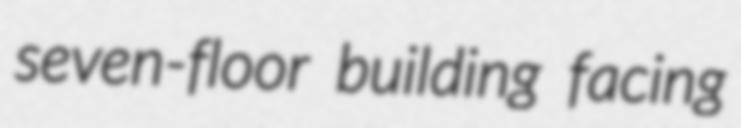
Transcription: seven-floor building facing